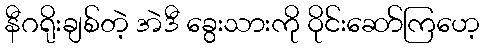
နီဂရိုးချစ်တဲ့ အဲဒီ ခွေးသားကို ဝိုင်းဆော်ကြဟေ့